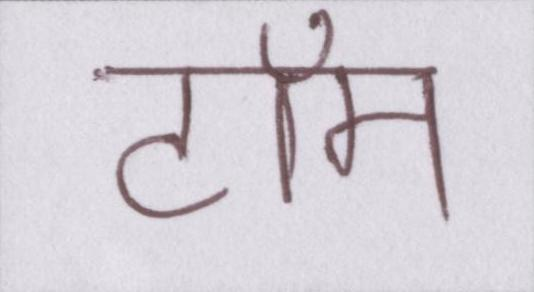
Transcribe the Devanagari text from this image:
टॉम